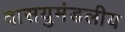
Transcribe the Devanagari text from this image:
वासयुमंडलीय